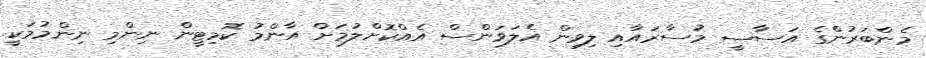
މެންބަރުންގެ އަސާސީ މުސާރައާއި ލިވިން އެލަވަންސް އެއްކޮށްލުމަށް އާންމު ކޮމިޓީން ނިންމި ނިންމުމަކީ